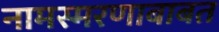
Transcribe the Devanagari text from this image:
नामस्मरणाबाबत